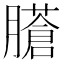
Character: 𦢁